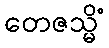
တေဇသ္မိံ